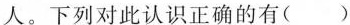
人。下列对此认识正确的有( )